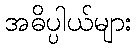
အဓိပ္ပါယ်များ